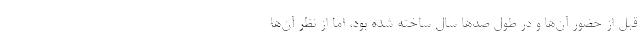
قبل از حضور آن‌ها و در طول صدها سال ساخته‌ شده بود، اما از نظر آن‌ها